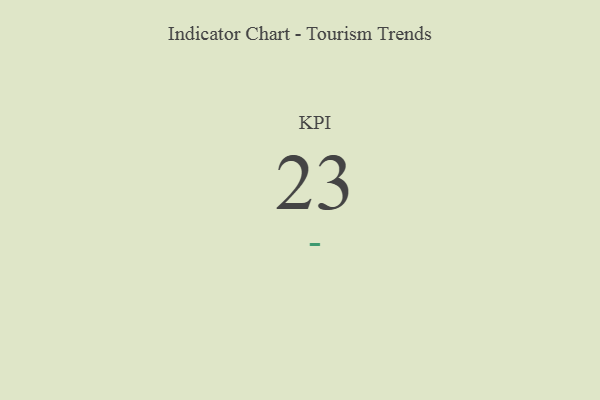
{"axis": {"x": "KPI", "y": "Value"}, "legend": [""], "data": [{"x": "KPI", "y": 23, "type": ""}]}